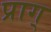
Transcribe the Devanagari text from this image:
प्राग्‌